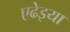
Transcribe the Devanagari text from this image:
एढेइया